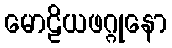
မောဠိယဖဂ္ဂုနော